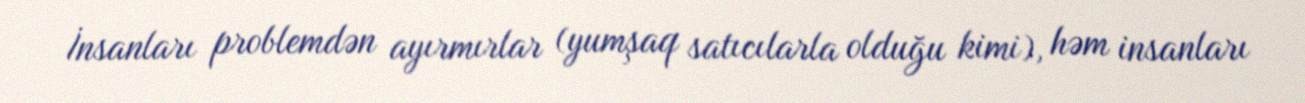
İnsanları problemdən ayırmırlar (yumşaq satıcılarla olduğu kimi), həm insanları